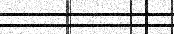
١٢